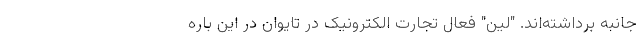
جانبه برداشته‌اند. "لین" فعال تجارت الکترونیک در تایوان در این باره